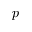
p